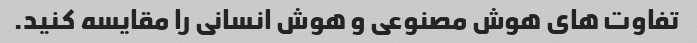
تفاوت های هوش مصنوعی و هوش انسانی را مقایسه کنید.